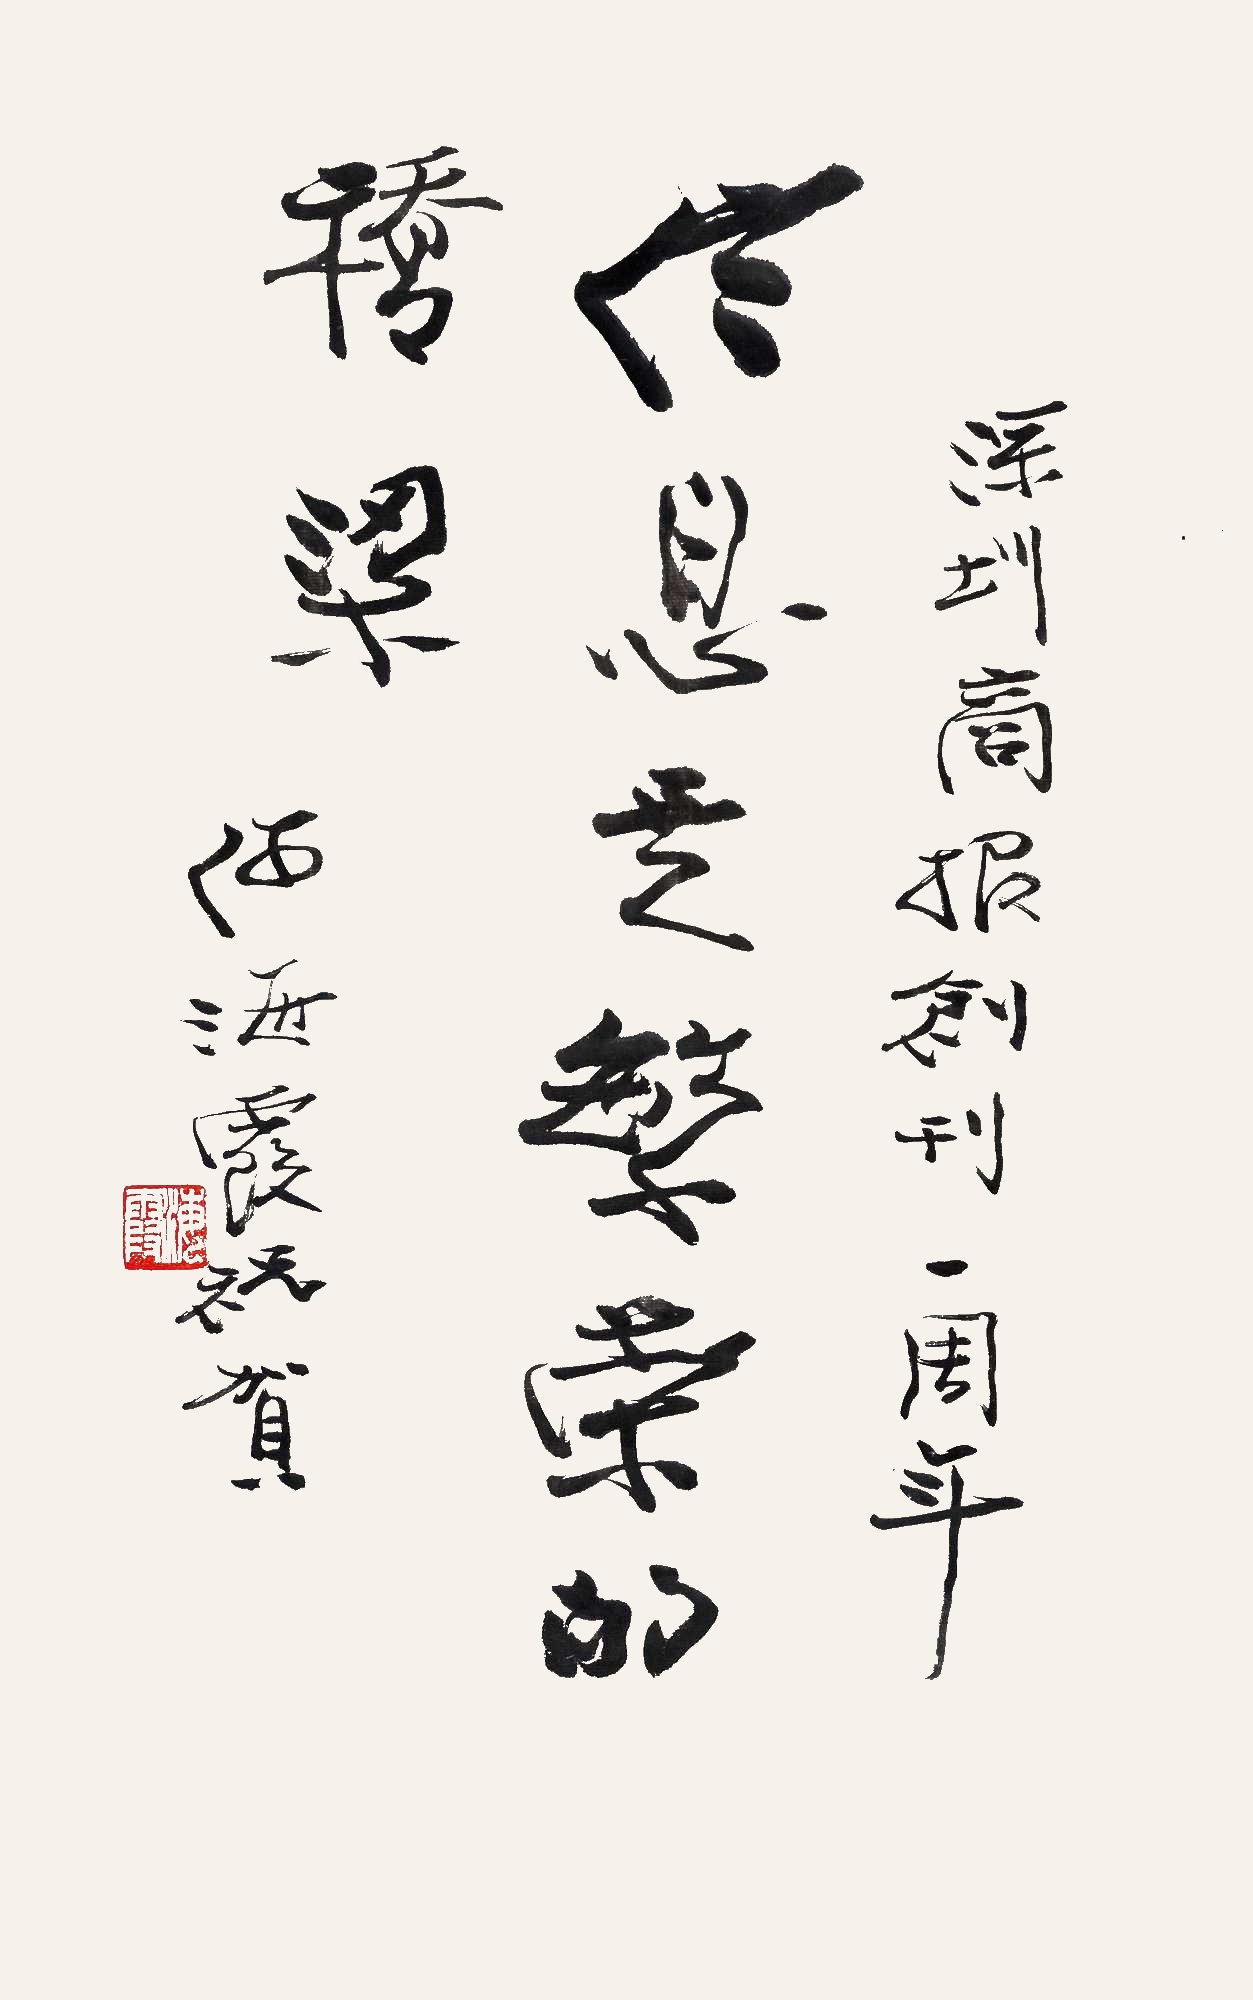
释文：信息是繁荣的桥梁。深圳商报创刊一周年，何海霞祝贺。